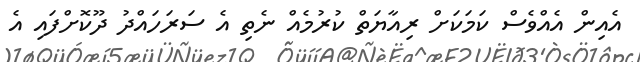
އެއިން އެއްވެސް ކަމަކަށް ރިއާޔަތް ކުރުމެއް ނެތި އެ ސަރަހައްދު ދޫކޮށްފައި އެ